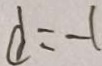
d = - 1